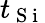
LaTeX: t_{\mathrm{~S~i~}}